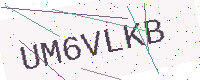
Text: UM6VLKB